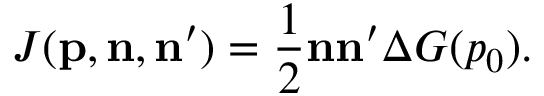
J ( { \bf p , n , n } ^ { \prime } ) = \frac { 1 } { 2 } { \bf n n } ^ { \prime } \Delta G ( p _ { 0 } ) .